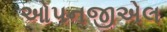
ઓપનજીએલ